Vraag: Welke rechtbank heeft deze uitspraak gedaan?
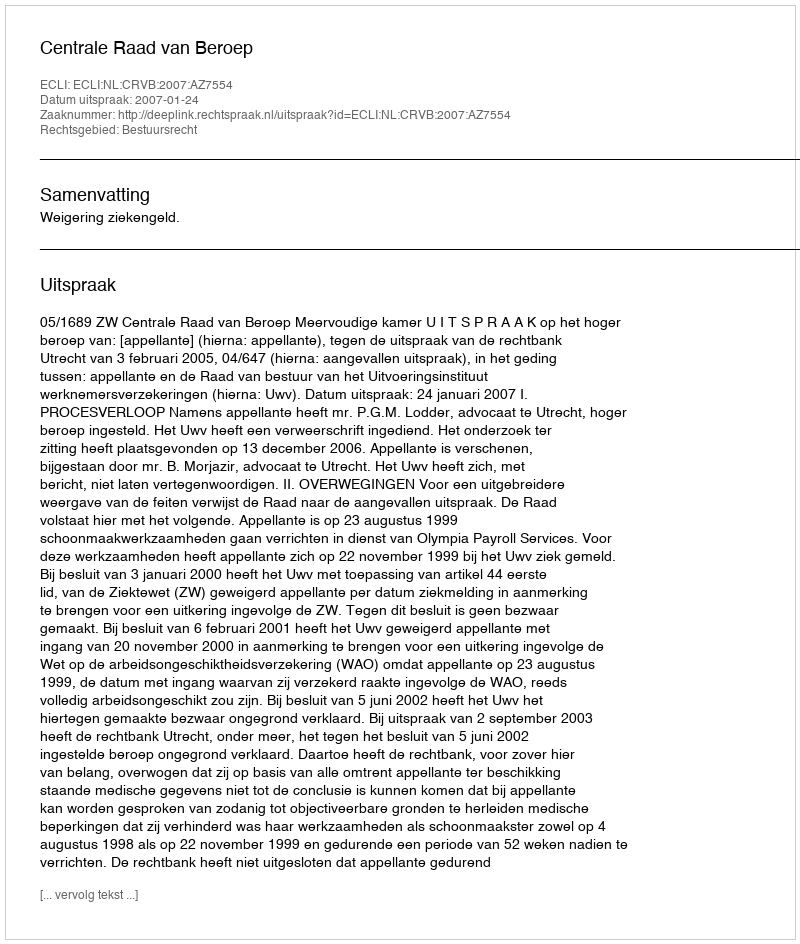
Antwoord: Centrale Raad van Beroep